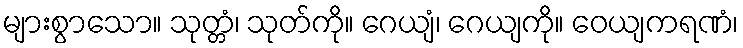
များစွာသော။ သုတ္တံ၊ သုတ်ကို။ ဂေယျံ၊ ဂေယျကို။ ဝေယျကရဏံ၊